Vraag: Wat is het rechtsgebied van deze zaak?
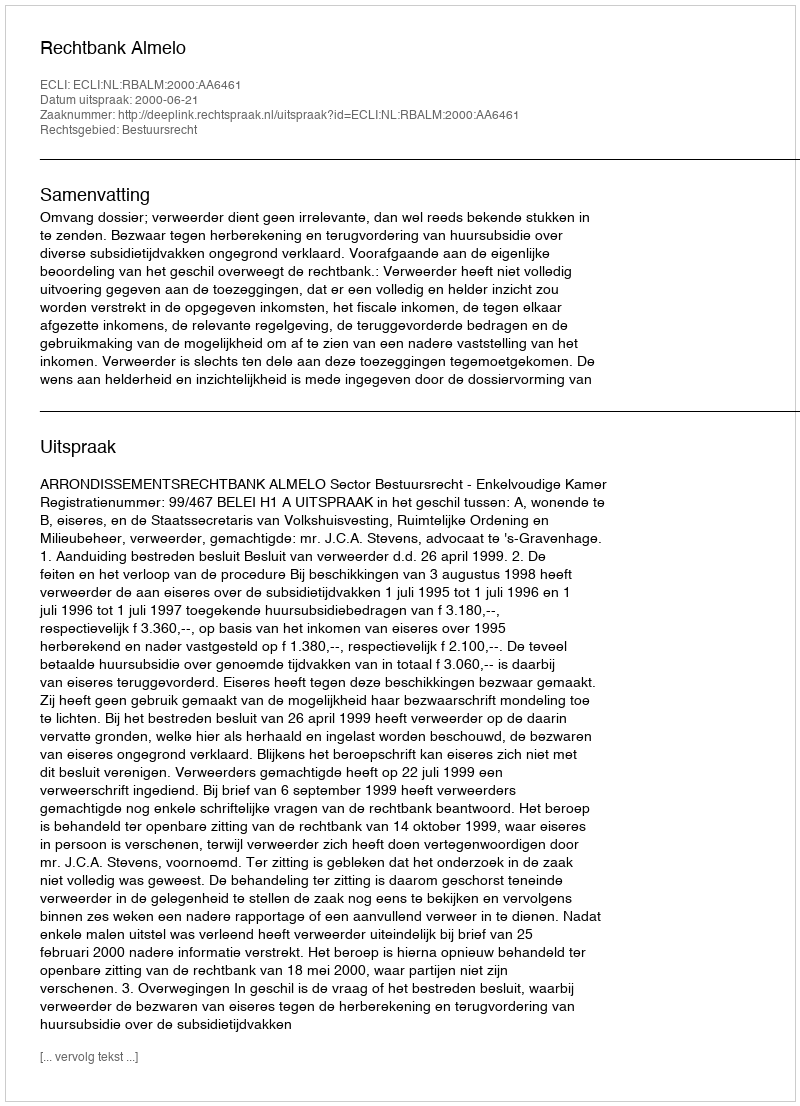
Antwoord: Bestuursrecht